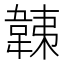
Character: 𩎴